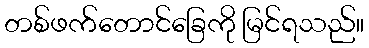
တစ်ဖက်တောင်ခြေကို မြင်ရသည်။